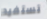
تستفيد